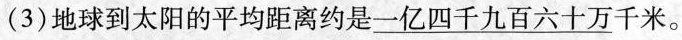
(3) 地球到太阳的平均距离约是 \underline{一亿四千九百六十万}千米。